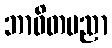
ဘာဝိတပညာ